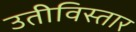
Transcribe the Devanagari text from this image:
उतीविस्तार